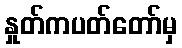
နှုတ်ကပတ်တော်မှ